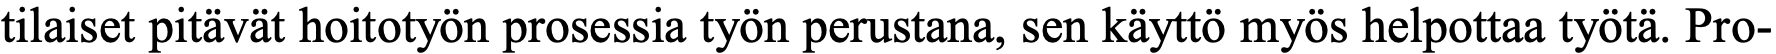
tilaiset pitävät hoitotyön prosessia työn perustana, sen käyttö myös helpottaa työtä. Pro-